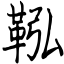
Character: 鞃